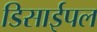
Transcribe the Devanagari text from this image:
डिसाईपल